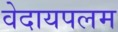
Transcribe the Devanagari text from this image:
वेदायपलम